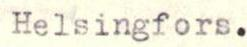
Helsingfors.